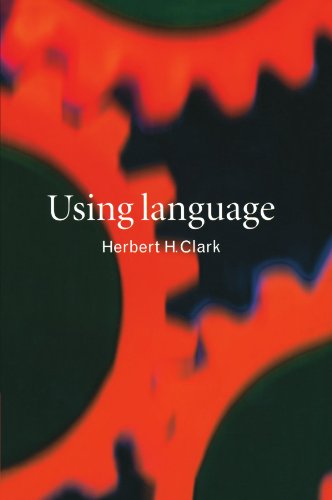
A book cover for Using Language; Herbert H. Clark; Reference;